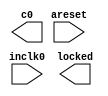
// megafunction wizard: %ALTPLL%VBB%
// GENERATION: STANDARD
// VERSION: WM1.0
// MODULE: altpll 

// ============================================================
// Megafunction Name(s):
// 			altpll
//
// Simulation Library Files(s):
// 			altera_mf
// ============================================================
// ************************************************************
// THIS IS A WIZARD-GENERATED FILE. DO NOT EDIT THIS FILE!
//
// 17.1.0 Build 590 10/25/2017 SJ Lite Edition
// ************************************************************

//Copyright (C) 2017  Intel Corporation. All rights reserved.
//Your use of Intel Corporation's design tools, logic functions 
//and other software and tools, and its AMPP partner logic 
//functions, and any output files from any of the foregoing 
//(including device programming or simulation files), and any 
//associated documentation or information are expressly subject 
//to the terms and conditions of the Intel Program License 
//Subscription Agreement, the Intel Quartus Prime License Agreement,
//the Intel FPGA IP License Agreement, or other applicable license
//agreement, including, without limitation, that your use is for
//the sole purpose of programming logic devices manufactured by
//Intel and sold by Intel or its authorized distributors.  Please
//refer to the applicable agreement for further details.

module sys_pll_2 (
	areset,
	inclk0,
	c0,
	locked);

	input	  areset;
	input	  inclk0;
	output	  c0;
	output	  locked;
`ifndef ALTERA_RESERVED_QIS
// synopsys translate_off
`endif
	tri0	  areset;
`ifndef ALTERA_RESERVED_QIS
// synopsys translate_on
`endif

endmodule

// ============================================================
// CNX file retrieval info
// ============================================================
// Retrieval info: PRIVATE: ACTIVECLK_CHECK STRING "0"
// Retrieval info: PRIVATE: BANDWIDTH STRING "1.000"
// Retrieval info: PRIVATE: BANDWIDTH_FEATURE_ENABLED STRING "1"
// Retrieval info: PRIVATE: BANDWIDTH_FREQ_UNIT STRING "MHz"
// Retrieval info: PRIVATE: BANDWIDTH_PRESET STRING "Low"
// Retrieval info: PRIVATE: BANDWIDTH_USE_AUTO STRING "1"
// Retrieval info: PRIVATE: BANDWIDTH_USE_PRESET STRING "0"
// Retrieval info: PRIVATE: CLKBAD_SWITCHOVER_CHECK STRING "0"
// Retrieval info: PRIVATE: CLKLOSS_CHECK STRING "0"
// Retrieval info: PRIVATE: CLKSWITCH_CHECK STRING "0"
// Retrieval info: PRIVATE: CNX_NO_COMPENSATE_RADIO STRING "0"
// Retrieval info: PRIVATE: CREATE_CLKBAD_CHECK STRING "0"
// Retrieval info: PRIVATE: CREATE_INCLK1_CHECK STRING "0"
// Retrieval info: PRIVATE: CUR_DEDICATED_CLK STRING "c0"
// Retrieval info: PRIVATE: CUR_FBIN_CLK STRING "c0"
// Retrieval info: PRIVATE: DEVICE_SPEED_GRADE STRING "Any"
// Retrieval info: PRIVATE: DIV_FACTOR0 NUMERIC "20"
// Retrieval info: PRIVATE: DUTY_CYCLE0 STRING "50.00000000"
// Retrieval info: PRIVATE: EFF_OUTPUT_FREQ_VALUE0 STRING "25.174999"
// Retrieval info: PRIVATE: EXPLICIT_SWITCHOVER_COUNTER STRING "0"
// Retrieval info: PRIVATE: EXT_FEEDBACK_RADIO STRING "0"
// Retrieval info: PRIVATE: GLOCKED_COUNTER_EDIT_CHANGED STRING "1"
// Retrieval info: PRIVATE: GLOCKED_FEATURE_ENABLED STRING "0"
// Retrieval info: PRIVATE: GLOCKED_MODE_CHECK STRING "0"
// Retrieval info: PRIVATE: GLOCK_COUNTER_EDIT NUMERIC "1048575"
// Retrieval info: PRIVATE: HAS_MANUAL_SWITCHOVER STRING "1"
// Retrieval info: PRIVATE: INCLK0_FREQ_EDIT STRING "50.000"
// Retrieval info: PRIVATE: INCLK0_FREQ_UNIT_COMBO STRING "MHz"
// Retrieval info: PRIVATE: INCLK1_FREQ_EDIT STRING "100.000"
// Retrieval info: PRIVATE: INCLK1_FREQ_EDIT_CHANGED STRING "1"
// Retrieval info: PRIVATE: INCLK1_FREQ_UNIT_CHANGED STRING "1"
// Retrieval info: PRIVATE: INCLK1_FREQ_UNIT_COMBO STRING "MHz"
// Retrieval info: PRIVATE: INTENDED_DEVICE_FAMILY STRING "Cyclone IV E"
// Retrieval info: PRIVATE: INT_FEEDBACK__MODE_RADIO STRING "1"
// Retrieval info: PRIVATE: LOCKED_OUTPUT_CHECK STRING "1"
// Retrieval info: PRIVATE: LONG_SCAN_RADIO STRING "1"
// Retrieval info: PRIVATE: LVDS_MODE_DATA_RATE STRING "Not Available"
// Retrieval info: PRIVATE: LVDS_MODE_DATA_RATE_DIRTY NUMERIC "0"
// Retrieval info: PRIVATE: LVDS_PHASE_SHIFT_UNIT0 STRING "deg"
// Retrieval info: PRIVATE: MIG_DEVICE_SPEED_GRADE STRING "Any"
// Retrieval info: PRIVATE: MIRROR_CLK0 STRING "0"
// Retrieval info: PRIVATE: MULT_FACTOR0 NUMERIC "21"
// Retrieval info: PRIVATE: NORMAL_MODE_RADIO STRING "1"
// Retrieval info: PRIVATE: OUTPUT_FREQ0 STRING "25.17500000"
// Retrieval info: PRIVATE: OUTPUT_FREQ_MODE0 STRING "1"
// Retrieval info: PRIVATE: OUTPUT_FREQ_UNIT0 STRING "MHz"
// Retrieval info: PRIVATE: PHASE_RECONFIG_FEATURE_ENABLED STRING "1"
// Retrieval info: PRIVATE: PHASE_RECONFIG_INPUTS_CHECK STRING "0"
// Retrieval info: PRIVATE: PHASE_SHIFT0 STRING "0.00000000"
// Retrieval info: PRIVATE: PHASE_SHIFT_STEP_ENABLED_CHECK STRING "0"
// Retrieval info: PRIVATE: PHASE_SHIFT_UNIT0 STRING "deg"
// Retrieval info: PRIVATE: PLL_ADVANCED_PARAM_CHECK STRING "0"
// Retrieval info: PRIVATE: PLL_ARESET_CHECK STRING "1"
// Retrieval info: PRIVATE: PLL_AUTOPLL_CHECK NUMERIC "1"
// Retrieval info: PRIVATE: PLL_ENHPLL_CHECK NUMERIC "0"
// Retrieval info: PRIVATE: PLL_FASTPLL_CHECK NUMERIC "0"
// Retrieval info: PRIVATE: PLL_FBMIMIC_CHECK STRING "0"
// Retrieval info: PRIVATE: PLL_LVDS_PLL_CHECK NUMERIC "0"
// Retrieval info: PRIVATE: PLL_PFDENA_CHECK STRING "0"
// Retrieval info: PRIVATE: PLL_TARGET_HARCOPY_CHECK NUMERIC "0"
// Retrieval info: PRIVATE: PRIMARY_CLK_COMBO STRING "inclk0"
// Retrieval info: PRIVATE: RECONFIG_FILE STRING "sys_pll_2.mif"
// Retrieval info: PRIVATE: SACN_INPUTS_CHECK STRING "0"
// Retrieval info: PRIVATE: SCAN_FEATURE_ENABLED STRING "1"
// Retrieval info: PRIVATE: SELF_RESET_LOCK_LOSS STRING "0"
// Retrieval info: PRIVATE: SHORT_SCAN_RADIO STRING "0"
// Retrieval info: PRIVATE: SPREAD_FEATURE_ENABLED STRING "0"
// Retrieval info: PRIVATE: SPREAD_FREQ STRING "50.000"
// Retrieval info: PRIVATE: SPREAD_FREQ_UNIT STRING "KHz"
// Retrieval info: PRIVATE: SPREAD_PERCENT STRING "0.500"
// Retrieval info: PRIVATE: SPREAD_USE STRING "0"
// Retrieval info: PRIVATE: SRC_SYNCH_COMP_RADIO STRING "0"
// Retrieval info: PRIVATE: STICKY_CLK0 STRING "1"
// Retrieval info: PRIVATE: SWITCHOVER_COUNT_EDIT NUMERIC "1"
// Retrieval info: PRIVATE: SWITCHOVER_FEATURE_ENABLED STRING "1"
// Retrieval info: PRIVATE: SYNTH_WRAPPER_GEN_POSTFIX STRING "0"
// Retrieval info: PRIVATE: USE_CLK0 STRING "1"
// Retrieval info: PRIVATE: USE_CLKENA0 STRING "0"
// Retrieval info: PRIVATE: USE_MIL_SPEED_GRADE NUMERIC "0"
// Retrieval info: PRIVATE: ZERO_DELAY_RADIO STRING "0"
// Retrieval info: LIBRARY: altera_mf altera_mf.altera_mf_components.all
// Retrieval info: CONSTANT: BANDWIDTH_TYPE STRING "AUTO"
// Retrieval info: CONSTANT: CLK0_DIVIDE_BY NUMERIC "2000"
// Retrieval info: CONSTANT: CLK0_DUTY_CYCLE NUMERIC "50"
// Retrieval info: CONSTANT: CLK0_MULTIPLY_BY NUMERIC "1007"
// Retrieval info: CONSTANT: CLK0_PHASE_SHIFT STRING "0"
// Retrieval info: CONSTANT: COMPENSATE_CLOCK STRING "CLK0"
// Retrieval info: CONSTANT: INCLK0_INPUT_FREQUENCY NUMERIC "20000"
// Retrieval info: CONSTANT: INTENDED_DEVICE_FAMILY STRING "Cyclone IV E"
// Retrieval info: CONSTANT: LPM_TYPE STRING "altpll"
// Retrieval info: CONSTANT: OPERATION_MODE STRING "NORMAL"
// Retrieval info: CONSTANT: PLL_TYPE STRING "AUTO"
// Retrieval info: CONSTANT: PORT_ACTIVECLOCK STRING "PORT_UNUSED"
// Retrieval info: CONSTANT: PORT_ARESET STRING "PORT_USED"
// Retrieval info: CONSTANT: PORT_CLKBAD0 STRING "PORT_UNUSED"
// Retrieval info: CONSTANT: PORT_CLKBAD1 STRING "PORT_UNUSED"
// Retrieval info: CONSTANT: PORT_CLKLOSS STRING "PORT_UNUSED"
// Retrieval info: CONSTANT: PORT_CLKSWITCH STRING "PORT_UNUSED"
// Retrieval info: CONSTANT: PORT_CONFIGUPDATE STRING "PORT_UNUSED"
// Retrieval info: CONSTANT: PORT_FBIN STRING "PORT_UNUSED"
// Retrieval info: CONSTANT: PORT_INCLK0 STRING "PORT_USED"
// Retrieval info: CONSTANT: PORT_INCLK1 STRING "PORT_UNUSED"
// Retrieval info: CONSTANT: PORT_LOCKED STRING "PORT_USED"
// Retrieval info: CONSTANT: PORT_PFDENA STRING "PORT_UNUSED"
// Retrieval info: CONSTANT: PORT_PHASECOUNTERSELECT STRING "PORT_UNUSED"
// Retrieval info: CONSTANT: PORT_PHASEDONE STRING "PORT_UNUSED"
// Retrieval info: CONSTANT: PORT_PHASESTEP STRING "PORT_UNUSED"
// Retrieval info: CONSTANT: PORT_PHASEUPDOWN STRING "PORT_UNUSED"
// Retrieval info: CONSTANT: PORT_PLLENA STRING "PORT_UNUSED"
// Retrieval info: CONSTANT: PORT_SCANACLR STRING "PORT_UNUSED"
// Retrieval info: CONSTANT: PORT_SCANCLK STRING "PORT_UNUSED"
// Retrieval info: CONSTANT: PORT_SCANCLKENA STRING "PORT_UNUSED"
// Retrieval info: CONSTANT: PORT_SCANDATA STRING "PORT_UNUSED"
// Retrieval info: CONSTANT: PORT_SCANDATAOUT STRING "PORT_UNUSED"
// Retrieval info: CONSTANT: PORT_SCANDONE STRING "PORT_UNUSED"
// Retrieval info: CONSTANT: PORT_SCANREAD STRING "PORT_UNUSED"
// Retrieval info: CONSTANT: PORT_SCANWRITE STRING "PORT_UNUSED"
// Retrieval info: CONSTANT: PORT_clk0 STRING "PORT_USED"
// Retrieval info: CONSTANT: PORT_clk1 STRING "PORT_UNUSED"
// Retrieval info: CONSTANT: PORT_clk2 STRING "PORT_UNUSED"
// Retrieval info: CONSTANT: PORT_clk3 STRING "PORT_UNUSED"
// Retrieval info: CONSTANT: PORT_clk4 STRING "PORT_UNUSED"
// Retrieval info: CONSTANT: PORT_clk5 STRING "PORT_UNUSED"
// Retrieval info: CONSTANT: PORT_clkena0 STRING "PORT_UNUSED"
// Retrieval info: CONSTANT: PORT_clkena1 STRING "PORT_UNUSED"
// Retrieval info: CONSTANT: PORT_clkena2 STRING "PORT_UNUSED"
// Retrieval info: CONSTANT: PORT_clkena3 STRING "PORT_UNUSED"
// Retrieval info: CONSTANT: PORT_clkena4 STRING "PORT_UNUSED"
// Retrieval info: CONSTANT: PORT_clkena5 STRING "PORT_UNUSED"
// Retrieval info: CONSTANT: PORT_extclk0 STRING "PORT_UNUSED"
// Retrieval info: CONSTANT: PORT_extclk1 STRING "PORT_UNUSED"
// Retrieval info: CONSTANT: PORT_extclk2 STRING "PORT_UNUSED"
// Retrieval info: CONSTANT: PORT_extclk3 STRING "PORT_UNUSED"
// Retrieval info: CONSTANT: SELF_RESET_ON_LOSS_LOCK STRING "OFF"
// Retrieval info: CONSTANT: WIDTH_CLOCK NUMERIC "5"
// Retrieval info: USED_PORT: @clk 0 0 5 0 OUTPUT_CLK_EXT VCC "@clk[4..0]"
// Retrieval info: USED_PORT: areset 0 0 0 0 INPUT GND "areset"
// Retrieval info: USED_PORT: c0 0 0 0 0 OUTPUT_CLK_EXT VCC "c0"
// Retrieval info: USED_PORT: inclk0 0 0 0 0 INPUT_CLK_EXT GND "inclk0"
// Retrieval info: USED_PORT: locked 0 0 0 0 OUTPUT GND "locked"
// Retrieval info: CONNECT: @areset 0 0 0 0 areset 0 0 0 0
// Retrieval info: CONNECT: @inclk 0 0 1 1 GND 0 0 0 0
// Retrieval info: CONNECT: @inclk 0 0 1 0 inclk0 0 0 0 0
// Retrieval info: CONNECT: c0 0 0 0 0 @clk 0 0 1 0
// Retrieval info: CONNECT: locked 0 0 0 0 @locked 0 0 0 0
// Retrieval info: GEN_FILE: TYPE_NORMAL sys_pll_2.v TRUE
// Retrieval info: GEN_FILE: TYPE_NORMAL sys_pll_2.ppf TRUE
// Retrieval info: GEN_FILE: TYPE_NORMAL sys_pll_2.inc FALSE
// Retrieval info: GEN_FILE: TYPE_NORMAL sys_pll_2.cmp FALSE
// Retrieval info: GEN_FILE: TYPE_NORMAL sys_pll_2.bsf FALSE
// Retrieval info: GEN_FILE: TYPE_NORMAL sys_pll_2_inst.v FALSE
// Retrieval info: GEN_FILE: TYPE_NORMAL sys_pll_2_bb.v TRUE
// Retrieval info: LIB_FILE: altera_mf
// Retrieval info: CBX_MODULE_PREFIX: ON